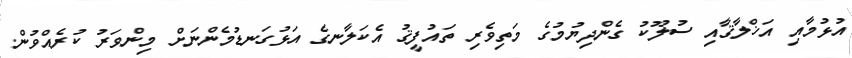
އުޅުމާއި އަޚްލާޤާއި ސުލޫކު ގެންދިޔުމުގެ މަތިވެރި ތައުފީޤު އެކަލާނގެ އަޅުގަނޑުމެންނަށް މިންވަރު ކުރެއްވުން.